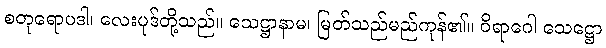
စတုရောပဒါ၊ လေးပုဒ်တို့သည်။ သေဋ္ဌာနာမ၊ မြတ်သည်မည်ကုန်၏။ ဝိရာဂေါ သေဋ္ဌော